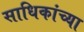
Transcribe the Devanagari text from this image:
साधिकांच्या